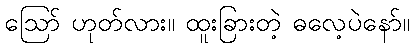
ဪ ဟုတ်လား။ ထူးခြားတဲ့ ဓလေ့ပဲနော်။